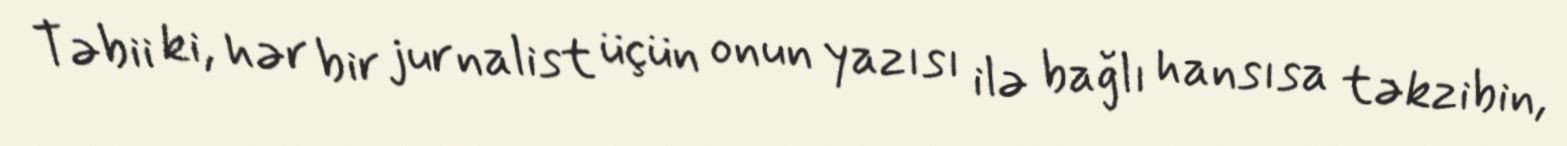
Təbii ki, hər bir jurnalist üçün onun yazısı ilə bağlı hansısa təkzibin,